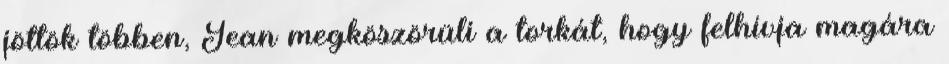
jöttök többen, Jean megköszörüli a torkát, hogy felhívja magára